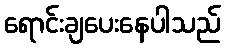
ရောင်းချပေးနေပါသည်